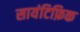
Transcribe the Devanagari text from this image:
सायंटिफ़िक